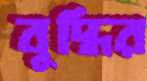
বুদ্ধির